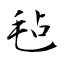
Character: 毡